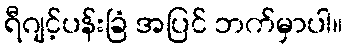
ရီဂျင့်ပန်းခြံ အပြင် ဘက်မှာပါ။